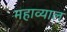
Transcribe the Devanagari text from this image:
महाव्याल